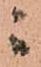
ニ